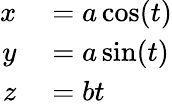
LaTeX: \begin{array}{rl}{x}&{{}=a\cos(t)}\\ {y}&{{}=a\sin(t)}\\ {z}&{{}=bt\, }\end{array}